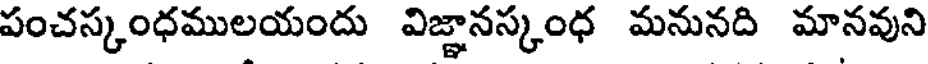
పంచస్కంధములయందు విజ్ఞానస్కంధ మనునది మానవుని